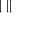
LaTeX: \bigstar \bigstar | \bigstar | |